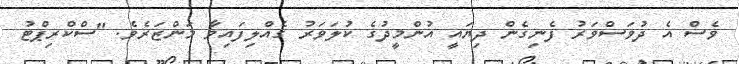
ވެސް އެ ދުވަސްވަރު ފެނިގެން ދިޔައީ އުންމީދުގެ ކުލަވަރު ގެއްލިފައިވާ މަންޒަރެވެ. "ސްކްރިޕްޓު